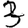
Digit: 3